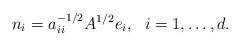
LaTeX: \begin{align*}n_i = a_{ii}^{-1/2}A^{1/2}e_i,\ \ i = 1, \ldots, d.\end{align*}